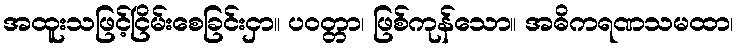
အထူးသဖြင့်ငြိမ်းစေခြင်းငှာ။ ပဝတ္တာ၊ ဖြစ်ကုန်သော။ အဓိကရဏသမထာ၊